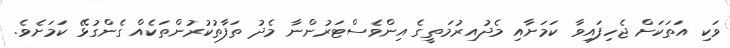
ވަކި އަތަކަށް ޖެހިފައިވާ ކަމަށާއި މެދުއިރުމަތީގެ އިންވެސްޓަރުންނާ މެދު ތަފާތުކުރުންތަކެއް ގެންގުޅޭ ކަމަށެވެ.